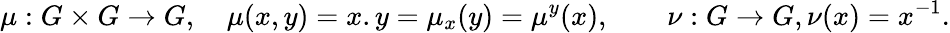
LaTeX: \mu:G\times G\to G,\quad\mu(x,y)=x.y=\mu_{x}(y)=\mu^{y}(x),\qquad\nu:G\to G,\nu(x)=x^{-1}.